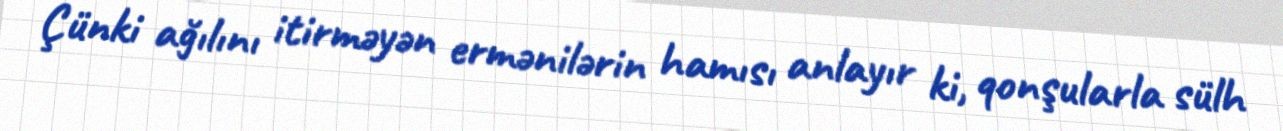
Çünki ağılını itirməyən ermənilərin hamısı anlayır ki, qonşularla sülh